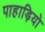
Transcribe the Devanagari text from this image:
पाहाड़ियो